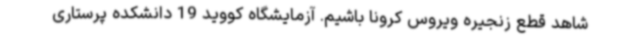
شاهد قطع زنجیره ویروس کرونا باشیم. آزمایشگاه کووید 19 دانشکده پرستاری